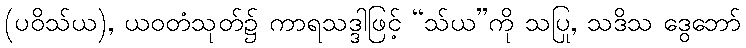
(ပဝိသ်ယ), ယဝတံသုတ်၌ ကာရသဒ္ဒါဖြင့် “သ်ယ”ကို သပြု, သဒိသ ဒွေဘော်